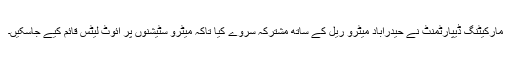
مارکیٹنگ ڈیپارٹمنٹ نے حیدرآباد میٹرو ریل کے ساتھ مشترکہ سروے کیا تاکہ میٹرو سٹیشنوں پر ائٓوٹ لیٹس قائم کیے جاسکیں۔